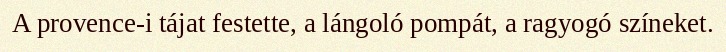
A provence-i tájat festette, a lángoló pompát, a ragyogó színeket.